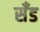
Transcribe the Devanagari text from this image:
सॅंड